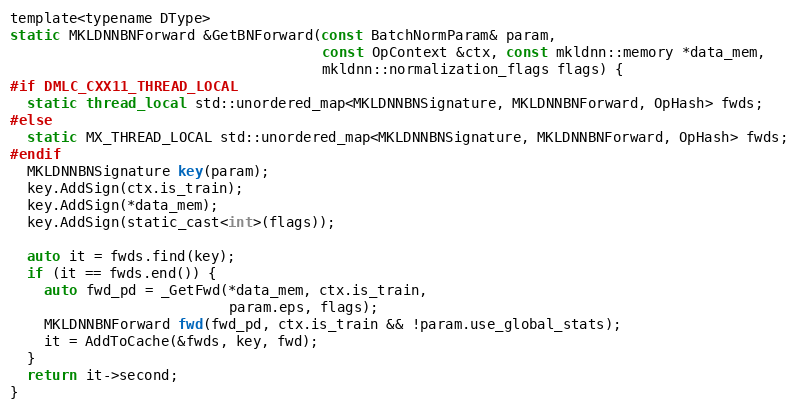
Language: C
template<typename DType>
static MKLDNNBNForward &GetBNForward(const BatchNormParam& param,
                                     const OpContext &ctx, const mkldnn::memory *data_mem,
                                     mkldnn::normalization_flags flags) {
#if DMLC_CXX11_THREAD_LOCAL
  static thread_local std::unordered_map<MKLDNNBNSignature, MKLDNNBNForward, OpHash> fwds;
#else
  static MX_THREAD_LOCAL std::unordered_map<MKLDNNBNSignature, MKLDNNBNForward, OpHash> fwds;
#endif
  MKLDNNBNSignature key(param);
  key.AddSign(ctx.is_train);
  key.AddSign(*data_mem);
  key.AddSign(static_cast<int>(flags));

  auto it = fwds.find(key);
  if (it == fwds.end()) {
    auto fwd_pd = _GetFwd(*data_mem, ctx.is_train,
                          param.eps, flags);
    MKLDNNBNForward fwd(fwd_pd, ctx.is_train && !param.use_global_stats);
    it = AddToCache(&fwds, key, fwd);
  }
  return it->second;
}